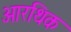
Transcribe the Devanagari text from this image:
आरथिक